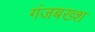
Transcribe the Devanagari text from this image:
गंजबख्श